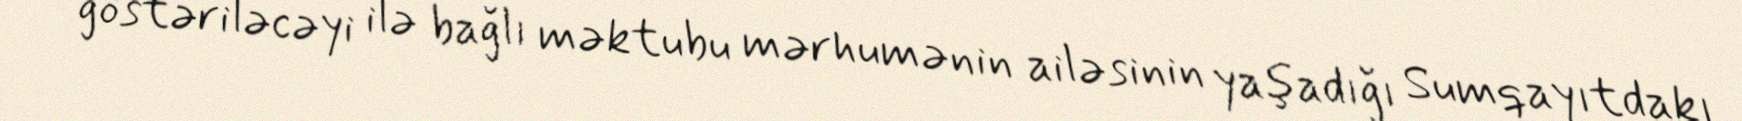
göstəriləcəyi ilə bağlı məktubu mərhumənin ailəsinin yaşadığı Sumqayıtdakı